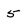
Character: 5